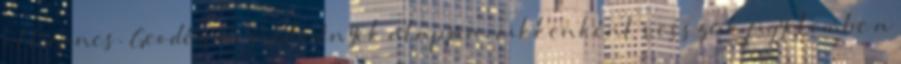
ott nincs. Geodéziai eredmények alapján, cikkenként vesszük figyelembe a